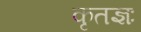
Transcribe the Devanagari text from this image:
कृतज्ञः